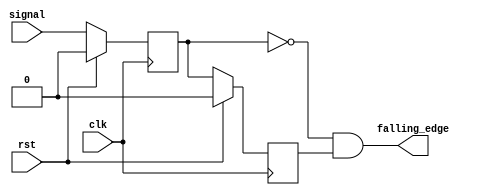
module falling_edge_detector(clk, rst, signal, falling_edge);
input clk, rst, signal;
output falling_edge;

wire d1, d2;
reg q1, q2;

always @ (posedge clk)	 // Create the state memory
if (rst==1) begin
    q1 <= 1'b0;
    q2 <= 1'b0;
end    
else begin
    q1 <= d1;
    q2 <= d2;
end

assign d1 = signal;
assign d2 = q1;
assign falling_edge = ~q1 & q2; 

endmodule